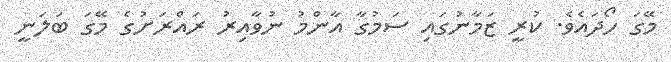
މޭގަ ހޯދައެވެ. ކުރީ ޒަމާނުގައި ސަމުގާ އާންމު ނުވާއިރު ރައްރަށުގެ މޭގަ ބަލަނީ